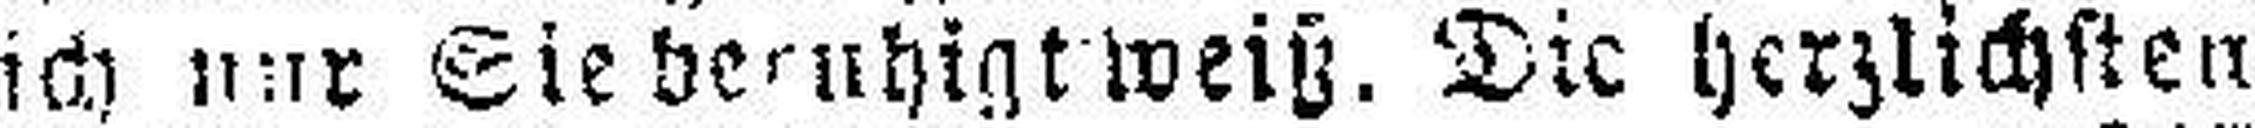
ich nur Sie beruhigt weiß. Die herzlichsten